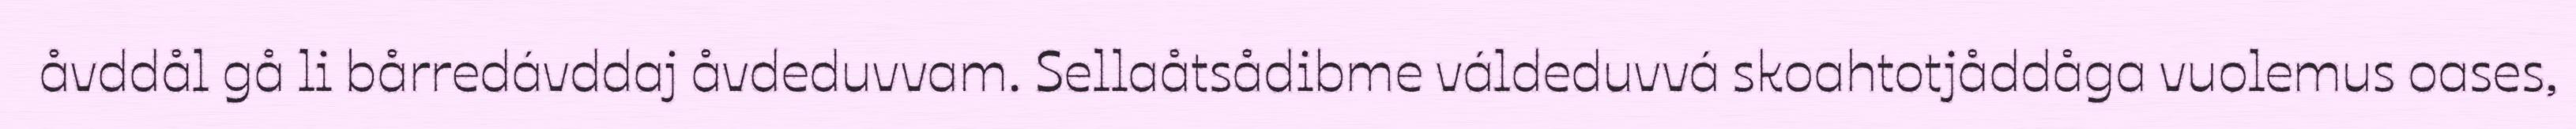
åvddål gå li bårredávddaj åvdeduvvam. Sellaåtsådibme váldeduvvá skoahtotjåddåga vuolemus oases,